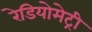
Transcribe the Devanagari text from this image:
रेडियोमेट्री